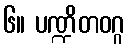
၆။ ပဏ္ဍိတဝဂ္ဂ